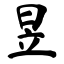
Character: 昱